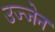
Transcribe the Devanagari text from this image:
उज्‍जेन